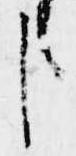
臣